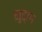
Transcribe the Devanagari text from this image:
ख़ुद्दाम